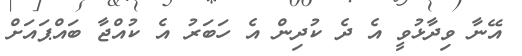
އޭނާ ވިދާޅުވީ އެ ދެ ކުދިން އެ ހަބަރު އެ ކުއްޖާ ބައްޕައަށް